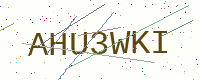
Text: AHU3WKI